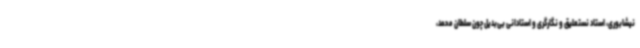
نیشابوری، استاد نستعلیق و نگارگری و استادانی بی‌بدیل چون سلطان محمد،